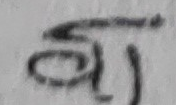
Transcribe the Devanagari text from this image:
आ